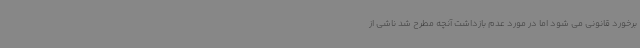
برخورد قانونی می شود اما در مورد عدم بازداشت آنچه مطرح شد ناشی از